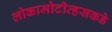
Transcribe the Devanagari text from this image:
लोकामोटीव्हसकडे